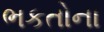
ભકતોના